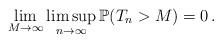
LaTeX: \begin{align*} \lim_{M \rightarrow \infty} \limsup_{n \rightarrow \infty}{\mathbb P}(T_n>M)=0 \, . \end{align*}